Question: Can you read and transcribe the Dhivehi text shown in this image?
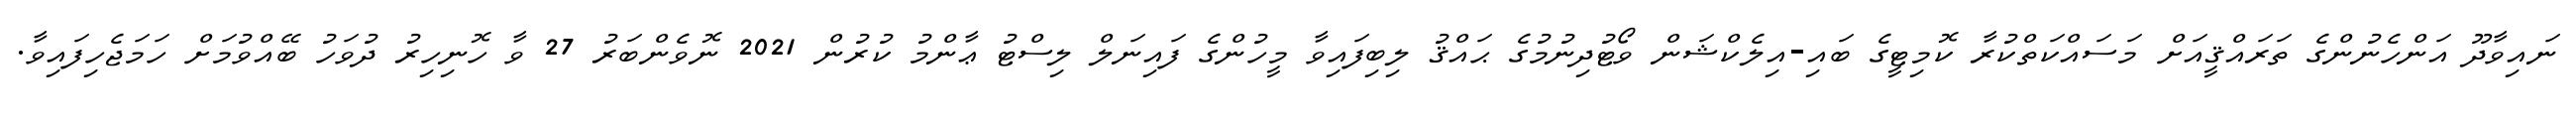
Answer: ނައިވާދޫ އަންހެނުންގެ ތަރައްޤީއަށް މަސައްކަތްކުރާ ކޮމިޓީގެ ބައި-އިލެކްޝަން ވޯޓުދިނުމުގެ ޙައްޤު ލިބިފައިވާ މީހުންގެ ފައިނަލް ލިސްޓު ޢާންމު ކުރުން 2021 ނޮވެންބަރު 27 ވާ ހޮނިހިރު ދުވަހު ބޭއްވުމަށް ހަމަޖެހިފައިވާ.